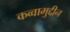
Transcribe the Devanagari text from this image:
कव्वामुद्दीन